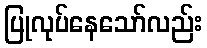
ပြုလုပ်နေသော်လည်း